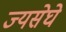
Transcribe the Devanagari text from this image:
ज्यसेघे